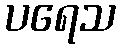
ပရေသ